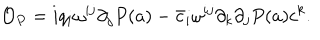
LaTeX: { \cal O } _ { P } = i q _ { i } \omega ^ { i j } \partial _ { j } P ( a ) - \bar { c } _ { i } \omega ^ { i j } \partial _ { k } \partial _ { j } P ( a ) c ^ { k } .